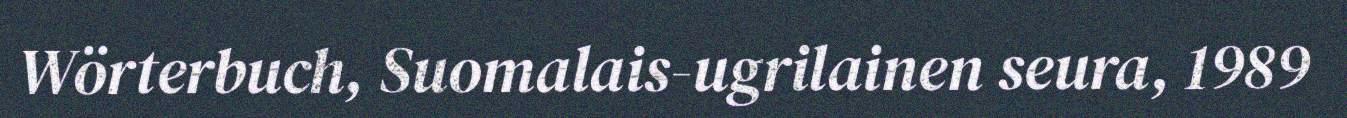
Wörterbuch, Suomalais-ugrilainen seura, 1989